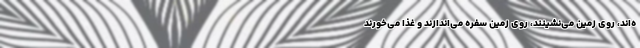
ه‌اند، روی زمین می‌نشینند، روی زمین سفره می‌اندازند و غذا می‌خورند